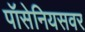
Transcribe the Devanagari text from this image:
पॉसेनियसवर